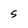
Character: 5